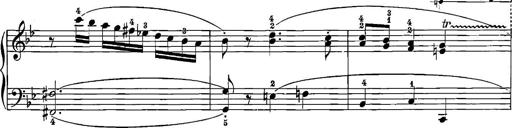
Title: 12 Sonatinas
Composer: Ignaz Pleyel